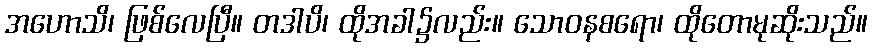
အဟောသိ၊ ဖြစ်လေပြီ။ တဒါပိ၊ ထိုအခါ၌လည်း။ သောဝနစရော၊ ထိုတောမုဆိုးသည်။